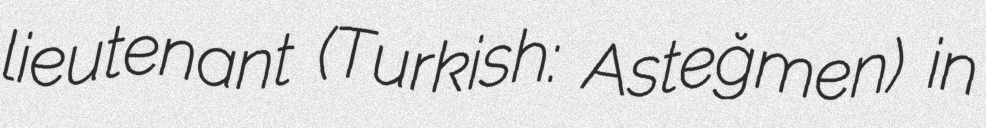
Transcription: lieutenant (Turkish: Asteğmen) in